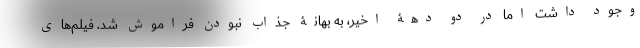
وجود داشت اما در دو دهۀ اخیر، به بهانۀ جذاب نبودن فراموش شد. فیلم‌های